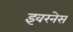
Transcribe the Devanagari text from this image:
इवरनेस